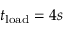
\ensuremath { t _ { \mathrm { l o a d } } } = 4 s